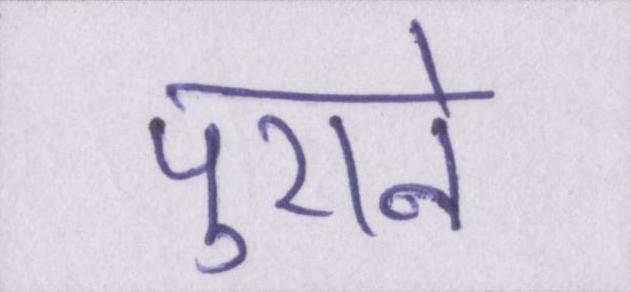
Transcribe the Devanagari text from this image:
पुराने